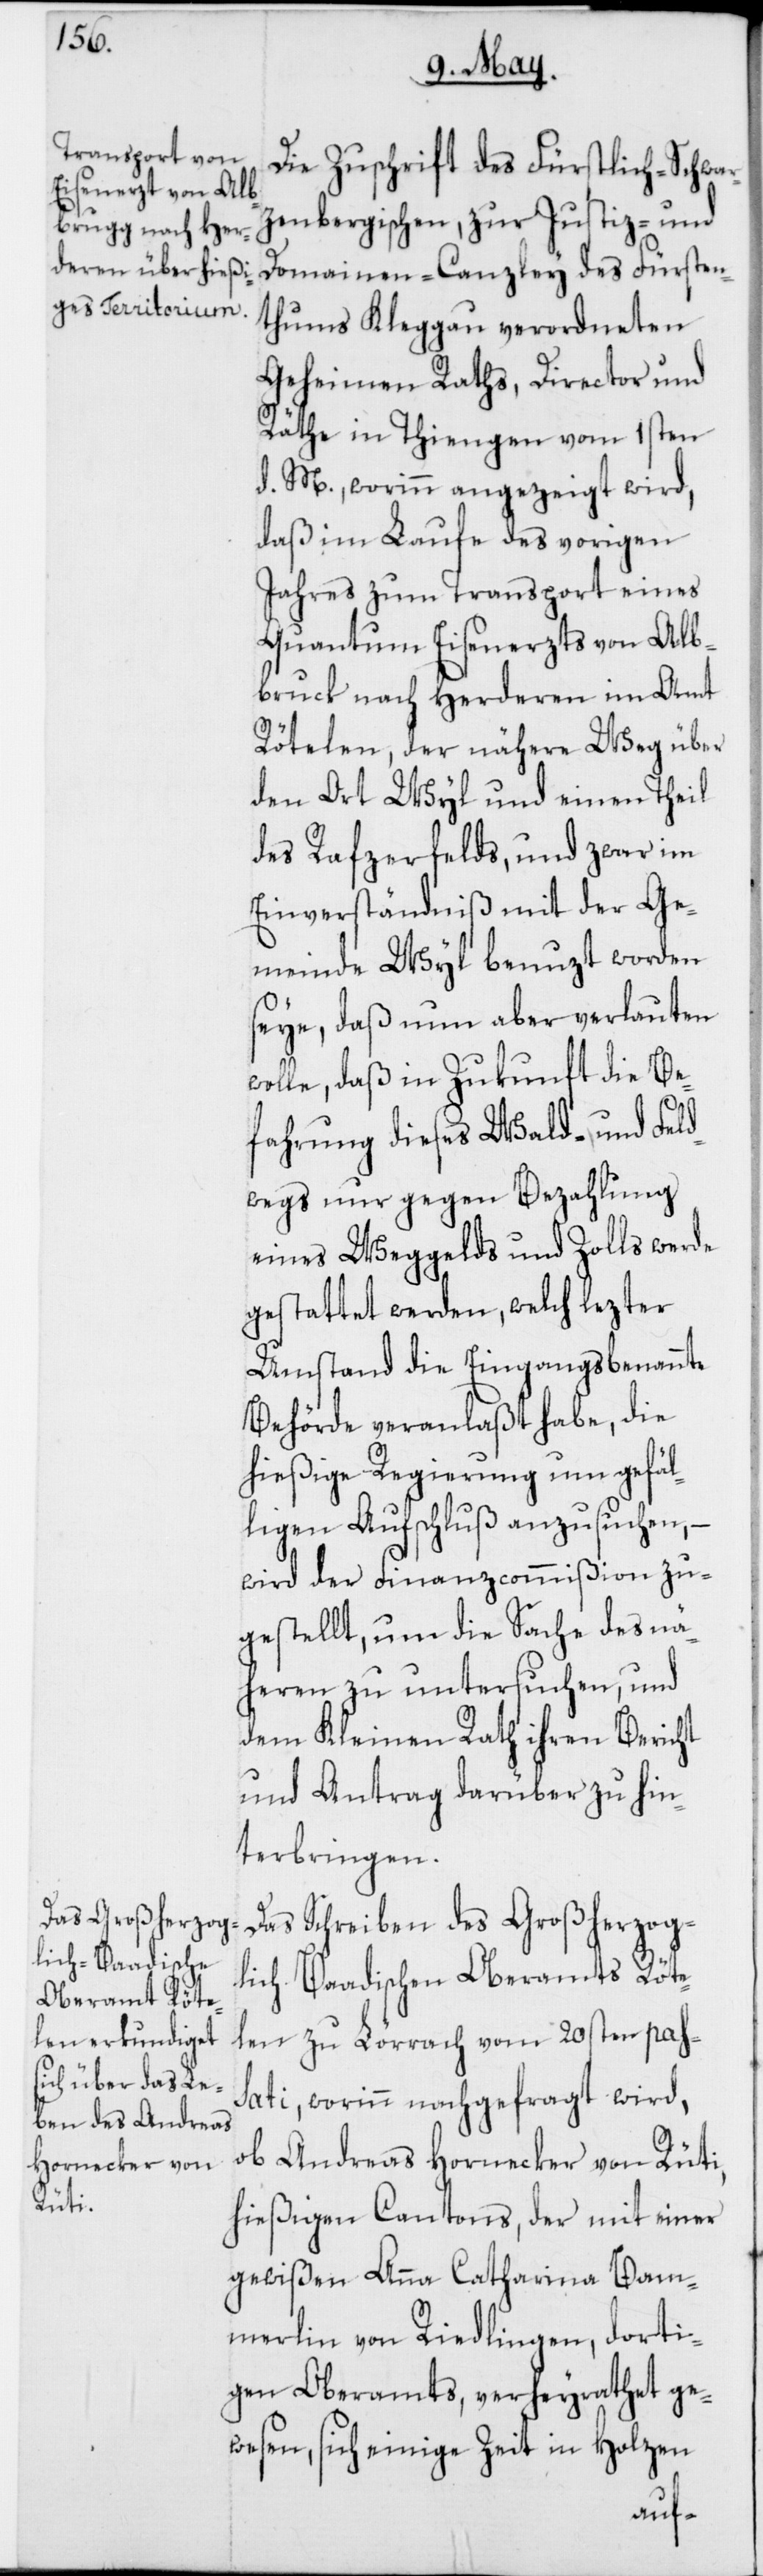
Die Zuschrift des Fürstlich-Schwar¬
zenbergischen, zur Justiz- und
Domainen-Canzley des Fürsten¬
tums Kleggau verordneten
geheimen Raths, Director und
Räthe in Thiengen vom 1sten
d. M., worinn angezeigt wird,
daß im Laufe des vorigen
Jahres zum Transport eines
Quantum Eisenerzts von Alb¬
[sic!] nach Herderen im Amt
Rötelen, der nähere Weg über
den Ort Wyl und einen Theil
des Rafzerfelds, und zwar im
Einverständnis mit der Ge¬
meinde Wyl benuzt worden
seye, daß nun aber verlauten
wolle, daß in Zukunft die Be¬
fahrung dieses Wald- und Feld¬
wegs nur gegen Bezahlung
eines Weggelds und Zolls werde
gestattet werden, welch lezter
Umstand die Eingangsbenannte
Behörde veranlaßt habe, die
hießige Regierung um gefäl¬
ligen Aufschluß anzusuchen, –
wird der Finanzcommißion zu¬
gestellt, um die Sache des Nä¬
heren zu untersuchen, und
dem Kleinen Rath ihren Bericht
und Antrag darüber zu hin¬
terbringen.
Das Schreiben des Großherzog¬
lich-Baadischen Oberamts Röte¬
len zu Lörrach vom 20sten pas¬
sati, worinn nachgefragt wird,
ob Andreas Hornecker von Rüti,
hießigen Cantons, der mit einer
gewißen Anna Catharina Bam¬
merlin von Riedlingen, dorti¬
gen Oberamts, verheyrathet ge¬
wesen, sich einige Zeit in Holzen
bruck